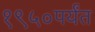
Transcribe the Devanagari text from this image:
१९५०पर्यंत